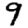
Digit: 9